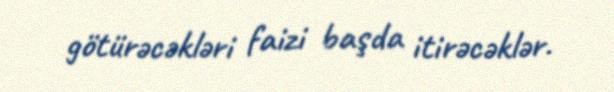
götürəcəkləri faizi başda itirəcəklər.